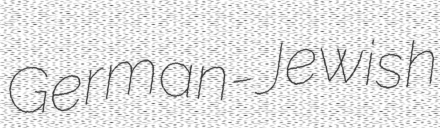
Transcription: German-Jewish